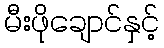
မီးဖိုချောင်နှင့်